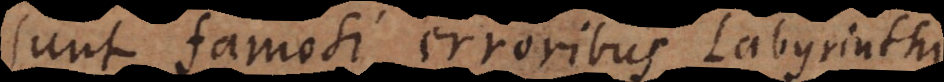
sunt famosi erroribus Labyrinthi